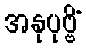
အနုပုဗ္ဗိံ